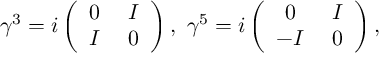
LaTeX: \gamma ^ { 3 } = i \left( \begin{array} { c c } { { 0 \; } } & { { I } } \\ { { I \; } } & { { 0 } } \end{array} \right) , \, \, \gamma ^ { 5 } = i \left( \begin{array} { c c } { { 0 \; } } & { { I } } \\ { { - I \; } } & { { 0 } } \end{array} \right) ,